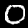
Digit: 0